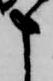
申